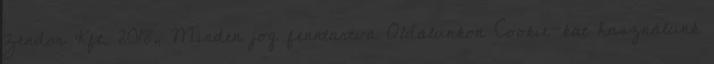
Zendor Kft. 2018, Minden jog fenntartva Oldalunkon Cookie-kat használunk